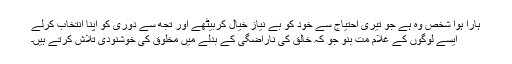
ہارا ہوا شخص وہ ہے جو تیری احتیاج سے خود کو بے نیاز خیال کربیٹھے اور تجھ سے دوری کو اپنا انتخاب کرلے
ایسے لوگوں کے غلام مت بنو جو کہ خالق کی ناراضگی کے بدلے میں مخلوق کی خوشنودی تلاش کرتے ہیں۔